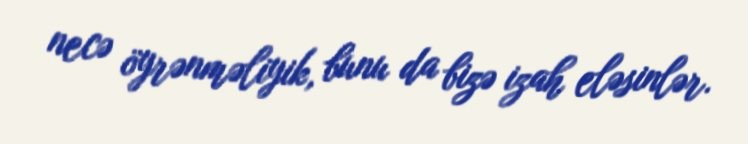
necə öyrənməliyik, bunu da bizə izah eləsinlər.